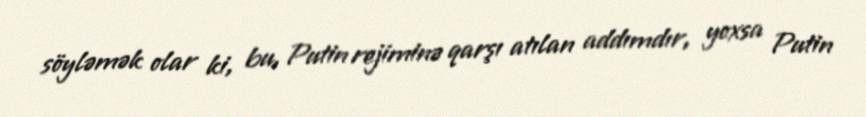
söyləmək olar ki, bu, Putin rejiminə qarşı atılan addımdır, yoxsa Putin